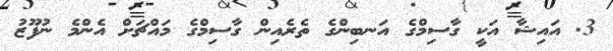
3. އައިޝާ އަކީ ގާސިމްގެ އަނބިންގެ ތެރެއިން ގާސިމްގެ މައްޗަށް އެންމެ ނުފޫޒު